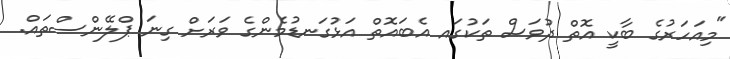
"މިއަހަރުގެ ބާކީ އޮތް ދުވަސް ތަކުގައ އެބައޮތް އަޅުގަނޑުމެންގެ ވަރަށް ގިނަ ޕްލޭންސްތައް.